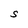
Character: S